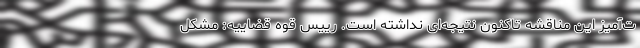
ت‌آمیز این مناقشه تاکنون نتیجه‌ای نداشته است. رییس قوه قضاییه: مشکل